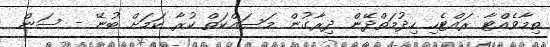
ތިމާވެއްޓާ ރައްޓެހި ހިދުމަތްދޭން ދިރާގުން މަސައްކަތް ކުރާ ކަމަށް ބުނޭ - ސަން